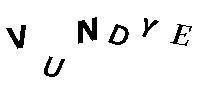
VUNDYE